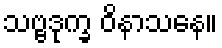
သဗ္ဗဒုက္ခ ဝိနာသနေ။